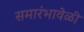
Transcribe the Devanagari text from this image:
समारंभावेळी